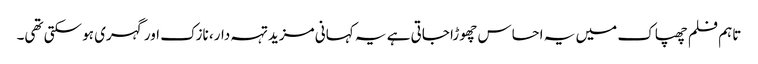
تاہم فلم چھپاک میں یہ احساس چھوڑا جاتی ہے یہ کہانی مزید تہہ دار، نازک اور گہری ہو سکتی تھی۔